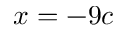
x = - 9 c